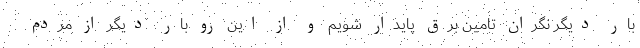
بار دیگر نگران تامین برق پایدار شویم و از این رو بار دیگر از مردم